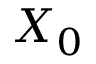
X _ { 0 }